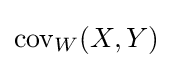
\operatorname {cov} _{W}(X,Y)